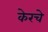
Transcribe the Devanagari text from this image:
केरचे